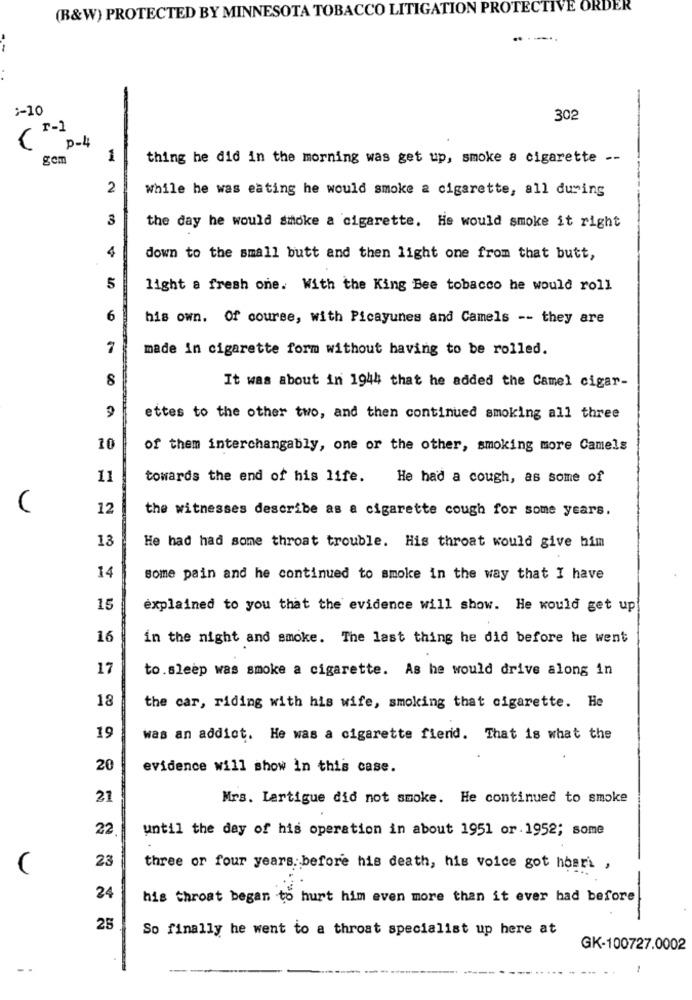
(B&W) PROTECTED BY MINNESOTA TOBACCO LITIGATION PROTECTIVE ORDER
----..
~10
302
p-4
gem
1
thing he did in the morning was get up, smoke a cigarette --
2
While he was eating he would smoke a cigarette, all during
3
the day he would smoke a cigarette. He would smoke it right
4
down to the small butt and then light one from that butt,
5
light a fresh one. With the King Bee tobacco he would roll
6
his own. Of course, with Picayunes and Camels -- they are
7
made in cigarette form without having to be rolled.
8
It was about in 1944 that he added the Camel cigar-
CA
ettes to the other two, and then continued smoking all three
10
of them interchangably, one or the other, smoking more Camels
11
towards the end of his life.
He had a cough, as some of
C
12
the witnesses describe as a cigarette cough for some years.
13
He had had some throat trouble. His throat would give him
14
some pain and he continued to smoke in the way that I have
15
explained to you that the evidence will show. He would get up
16
in the night and smoke. The last thing he did before he went
17
to.sleep was smoke a cigarette. As he would drive along in
18
the car, riding with his wife, smoking that cigarette. He
19
was an addict. He was a cigarette fiend. That is what the
20
evidence will show in this case.
21
Mrs. Lartigue did not smoke. He continued to smoke
22
until the day of his operation in about 1951 or.1952; some
23
three or four years before his death, his voice got hoari ,
24
his throat began to hurt him even more than it ever had before
25
So finally he went to a throat specialist up here at
GK-100727.0002